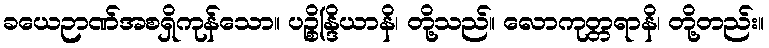
ခယေဉာဏ်အစရှိကုန်သော။ ပဉ္စိန္ဒြိယာနိ၊ တို့သည်။ လောကုတ္တရာနိ၊ တို့တည်း။